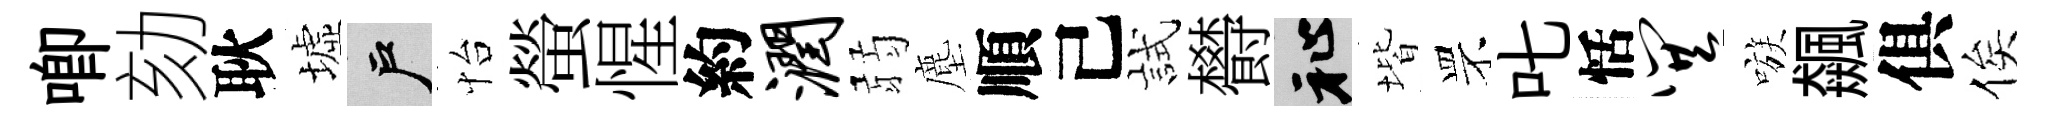
唧劾耿墟户怡螢惺約润弱塵順己試欎祉堦罘叱恬巽嗾飆俱俟